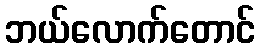
ဘယ်လောက်တောင်